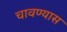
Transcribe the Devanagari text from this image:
चावण्यास